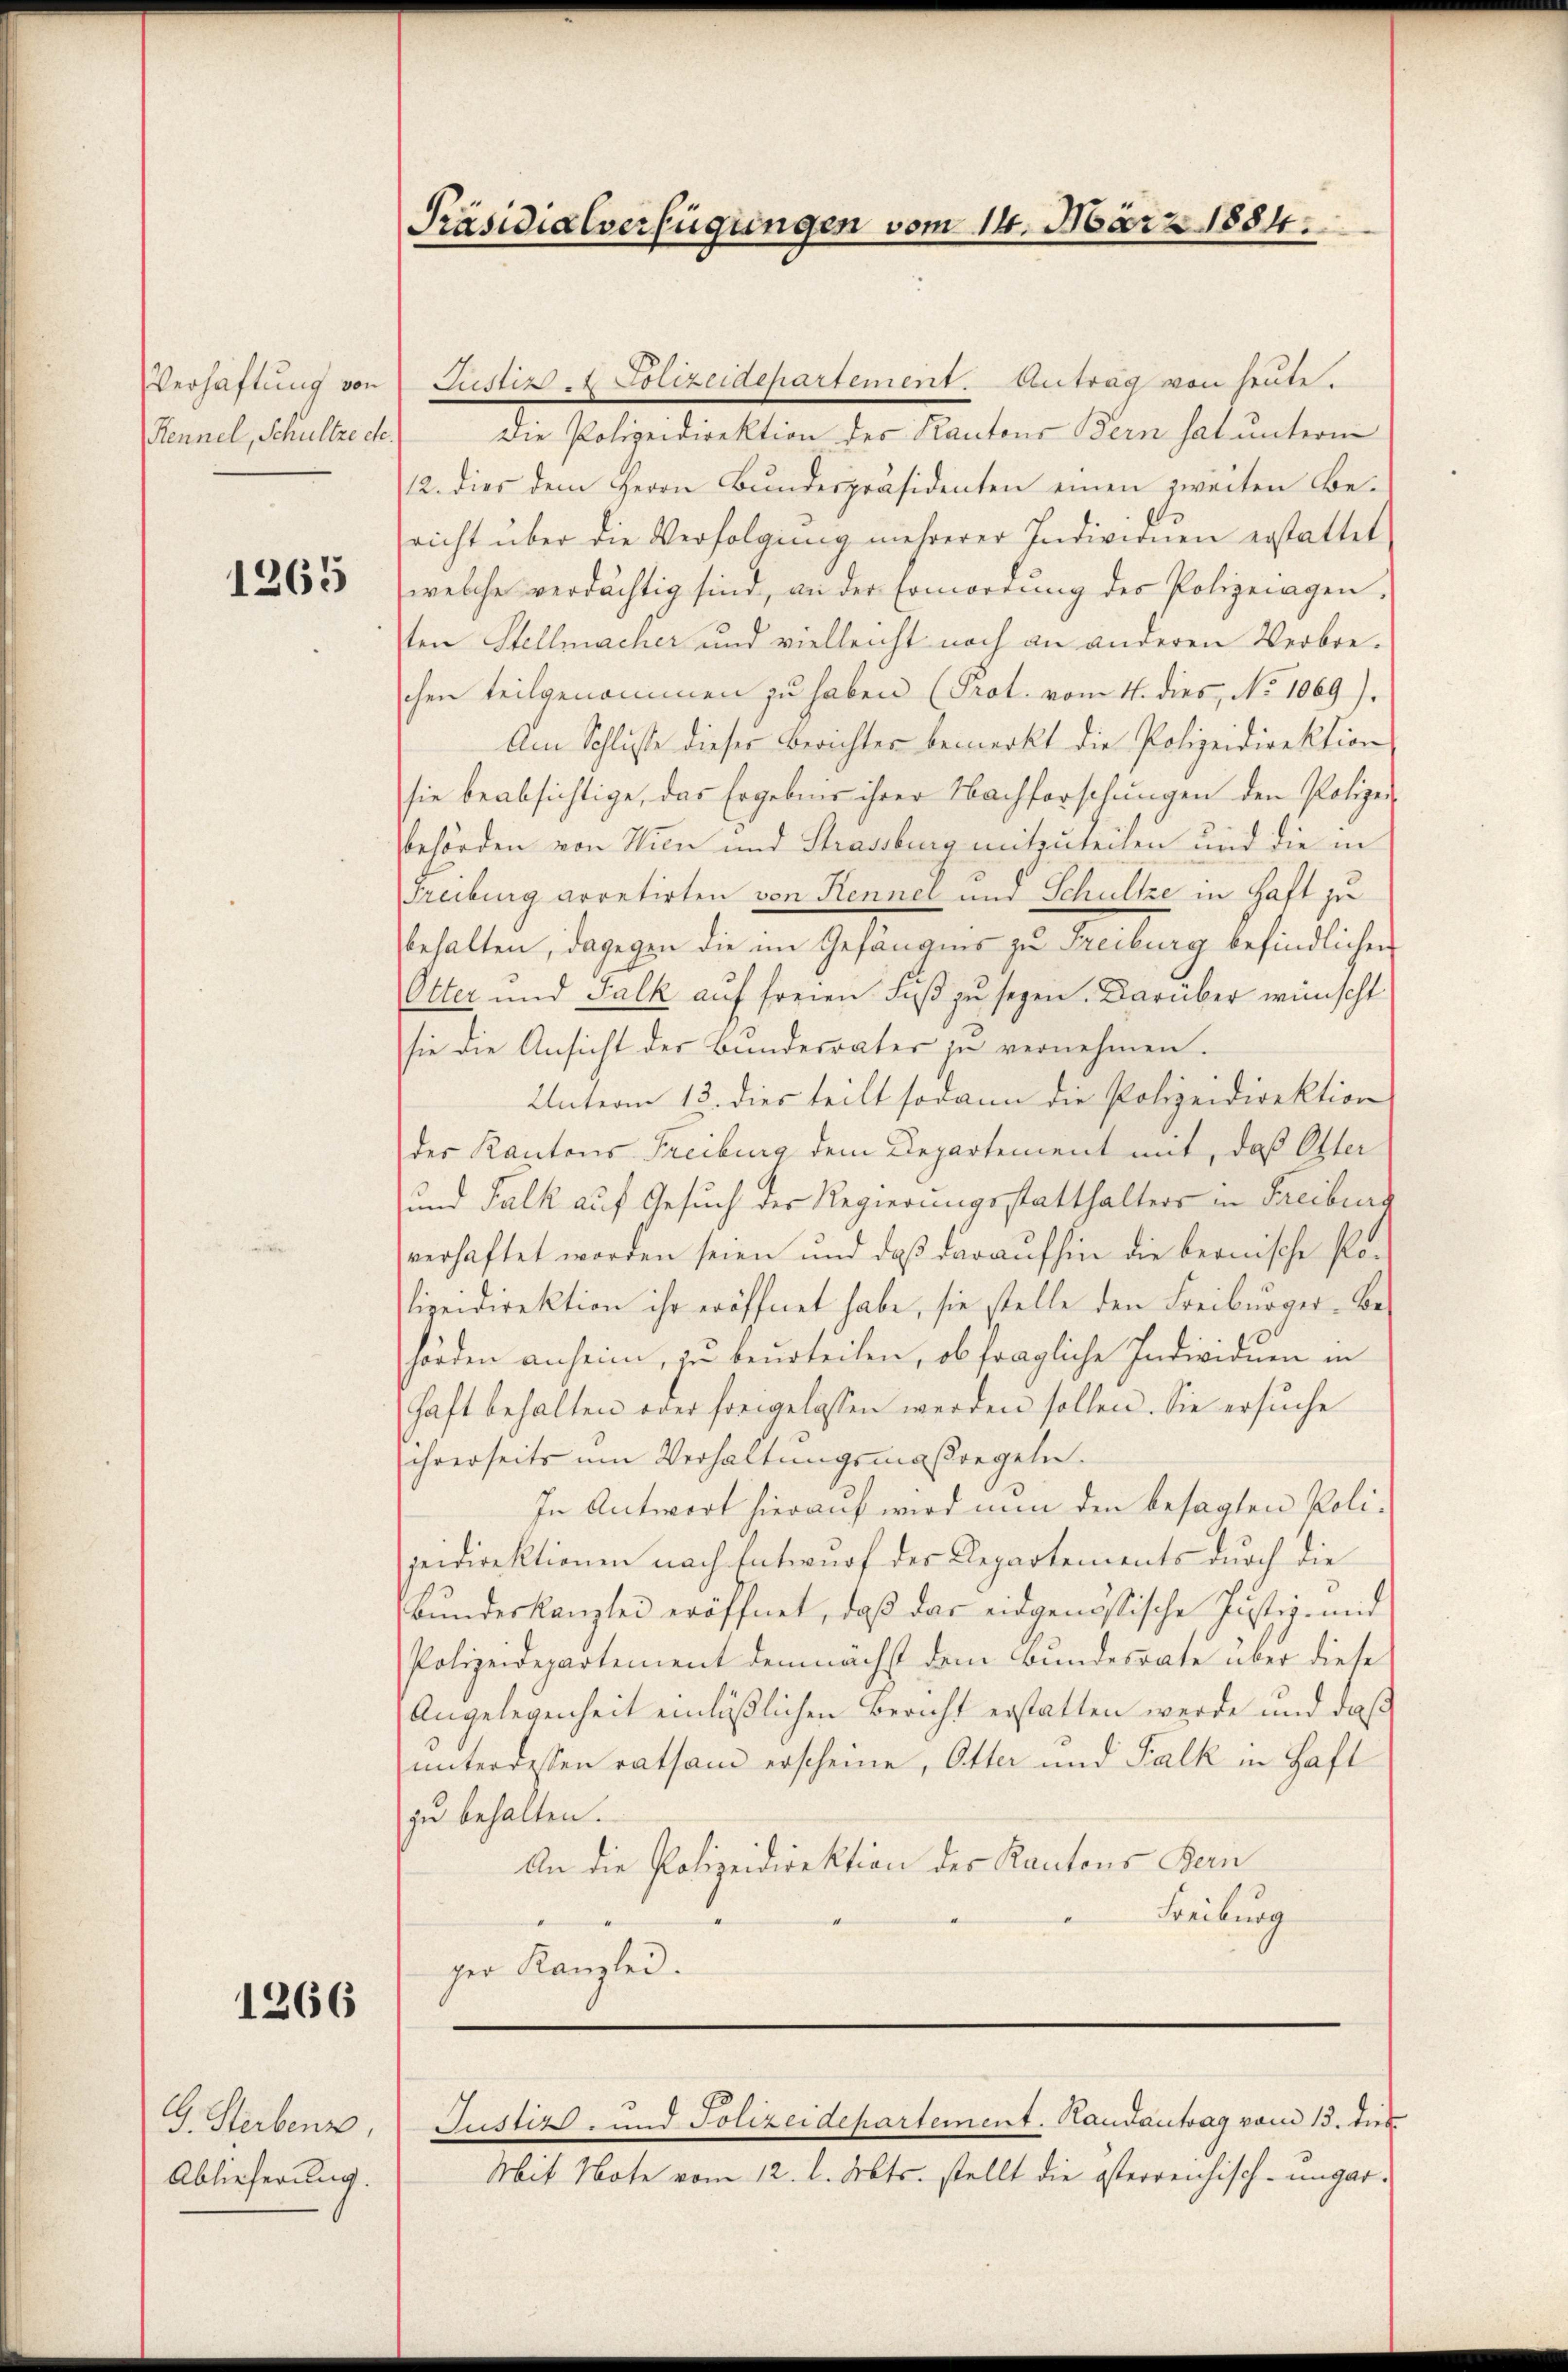
Verhaftung von
Rennel, Schultze etc

1265

1266

G. Sterben,
Ablieferung.

Präsidialverfügungen vom 14. März 1884.

Justiz & Polizeidepartement. Antrag von heute.
Die Polizeidirektion des Kantons Bern hat unterm
12. dies dem Herrn Bŭndespräsidenten einen zweiten Be-
richt über die Verfolgŭng mehrerer Indivinen erstattet
welche verdächtig sind, an der Ermordung des Polizeiagen,
ten Stellmacher und vielleicht noch an anderen Verbrechen teilgenommen zu haben (Prot. vom 4. dies, No 1069).
Am Schlüsse dieser Berichter bemerkt die Polizeidirektion
sie beabsichtige, das Ergebnis ihrer Nachforschungen den Polizei
behörden von Wien und Strassburg mitzuteilen und die in
Freiburg arretirten von Kennel und Schultze in Haft zu
behalten, dagegen die im Gefängnis zu Freiburg befindlichen
Otter und Falk auf freien Fuß zu seyen. Darüber wünscht
sie die Ansicht der Bundesrater zu vernehmen.
Unterm 13. dies teilt sodann die Polizeidirektion
der Kantons Freiburg dem Departement mit, daß Oster
und Falk auf Gesuch der Regierungsstatthalters in Freiburg
verhaftet worden seien und daß daraufhin die bernische Polizeidirektion ihr eröffnet habe, sie stelle den Freiburger-Behörden anheim, zu beurteilen, ob fragliche Individuen in
haft behalten oder freigelassen werden sollen. Sie ersuche
ihrerseits um Verhaltungsmaßregeln.
In Antwort hierauf wird nun den besagten Polijeidirektionen nach Entwurf der Departements durch die
Bŭndeskanzlei eröffnet, daβ das eidgenössische Justiz- und
Polizeidepartement demnächst dem Bundesrate über diese
Angelegenheit einläßlichen Bericht erstatten werde und daß
unterdessen ratsam erscheine, Otter und Falk in Haft
zu behalten.
An die Polizeidirektion der Kantons Bern
Freiburg
.
ger Kanzlei.

Justiz- und Polizeidepartement. Handantrag vom 13. dies
Mit Note vom 12. l. Mts. stellt die österreichisch-ungar-